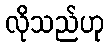
လိုသည်ဟု